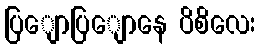
ပြျောပြျောနေ ပိစိလေး